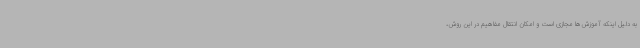
به دلیل اینکه آموزش‌ها مجازی است و امکان انتقال مفاهیم در این روش،